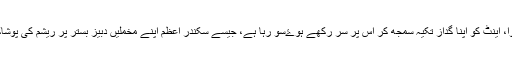
جس میں ایک معصوم سا بچہ، دنیا جہاں کے غموں کو بھول کر پتھریلی زمین پر لیٹا ہوا، اینٹ کو اپنا گداز تکیہ سمجھ کر اس پر سر رکھے ہوۓسو رہا ہے، جیسے سکندر اعظم اپنے مخملیں دبیز بستر پر ریشم کی پوشاک پہنے پوری دنیا فتح کرنے کی خوشی میں جام ومینا سے گھونٹ بھر کے سو رہا ہو۔